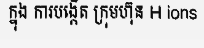
ក្នុង ការបង្កើត ក្រុមហ៊ុន H ions